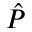
\hat { P }